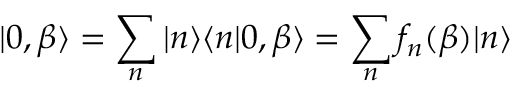
| 0 , \beta \rangle = \sum _ { n } | n \rangle \langle n | 0 , \beta \rangle = \sum _ { n } f _ { n } ( \beta ) | n \rangle